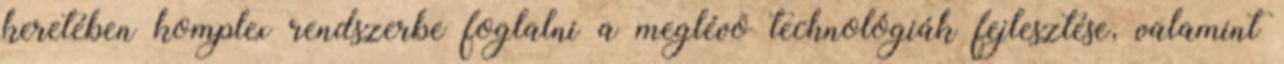
keretében komplex rendszerbe foglalni a meglévõ technológiák fejlesztése, valamint